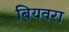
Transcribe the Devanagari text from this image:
बियवरा